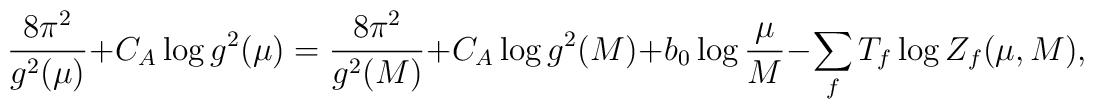
\frac{8\pi^{2}}{g^{2}(\mu)} + C_{A} \log g^{2}(\mu)        = \frac{8\pi^{2}}{g^{2}(M)} + C_{A} \log g^{2}(M) + b_{0} \log         \frac{\mu}{M} - \sum_{f} T_{f} \log Z_{f}(\mu,M) ,